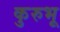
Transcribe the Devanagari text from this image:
कुरुभू